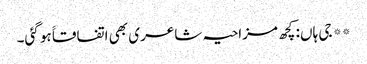
** جی ہاں: کچھ مزاحیہ شاعری بھی اتفاقاََ ہو گئی۔